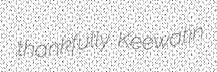
thankfully Keewatin